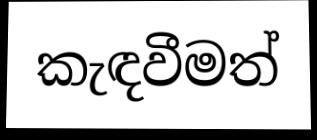
කැඳවීමත්